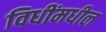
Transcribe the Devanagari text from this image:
विधींमधील